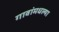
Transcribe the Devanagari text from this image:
गावांमधल्या